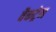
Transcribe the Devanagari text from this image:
वैकट्रेन